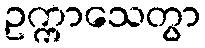
ဥက္ကာသေတွာ